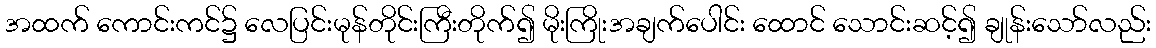
အထက် ကောင်းကင်၌ လေပြင်းမုန်တိုင်းကြီးတိုက်၍ မိုးကြိုးအချက်ပေါင်း ထောင် သောင်းဆင့်၍ ချုန်းသော်လည်း